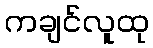
ကချင်လူထု